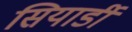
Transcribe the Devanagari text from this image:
सियार्डी